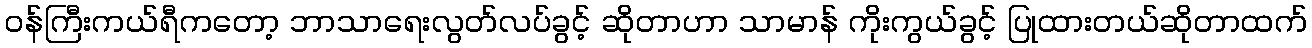
ဝန်ကြီးကယ်ရီကတော့ ဘာသာရေးလွတ်လပ်ခွင့် ဆိုတာဟာ သာမာန် ကိုးကွယ်ခွင့် ပြုထားတယ်ဆိုတာထက်